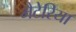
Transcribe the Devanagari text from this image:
मैटेरिया